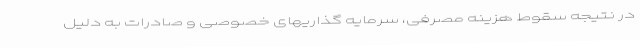
در نتیجه سقوط هزینه مصرفی، سرمایه گذاریهای خصوصی و صادرات به دلیل